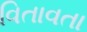
વિતાવતા